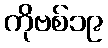
ကိုဗစ်၁၉